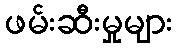
ဖမ်းဆီးမှုများ